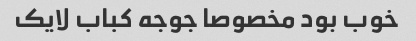
خوب بود مخصوصا جوجه کباب لایک